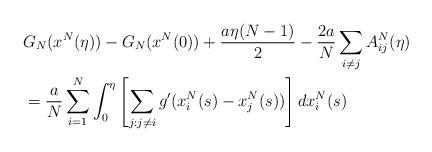
LaTeX: \begin{align*} & G_{N}(x^{N}(\eta))-G_{N}(x^{N}(0))+\frac{a\eta(N-1)}{2}-\frac{2a}{N}\sum_{i\neq j}A_{ij}^{N}(\eta)\\ & =\frac{a}{N}\sum_{i=1}^{N}\int_{0}^{\eta}\left[\sum_{j:j\neq i}g'(x_{i}^{N}(s)-x_{j}^{N}(s))\right]dx_{i}^{N}(s)\end{align*}